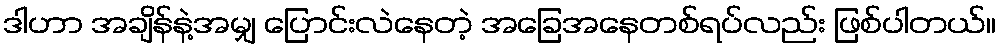
ဒါဟာ အချိန်နဲ့အမျှ ပြောင်းလဲနေတဲ့ အခြေအနေတစ်ရပ်လည်း ဖြစ်ပါတယ်။